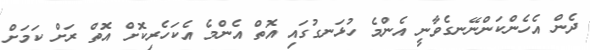
ދެން އެހެންކަންނޭނގެވާނީ އެންމެ ހުޅަނގުގައި އޮތް އެންމެ އެކަހެރިކޮށް އޮތް ރަށް ކަމަށް